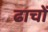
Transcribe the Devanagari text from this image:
ढाचों